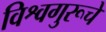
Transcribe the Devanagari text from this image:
विश्वगुरूचे